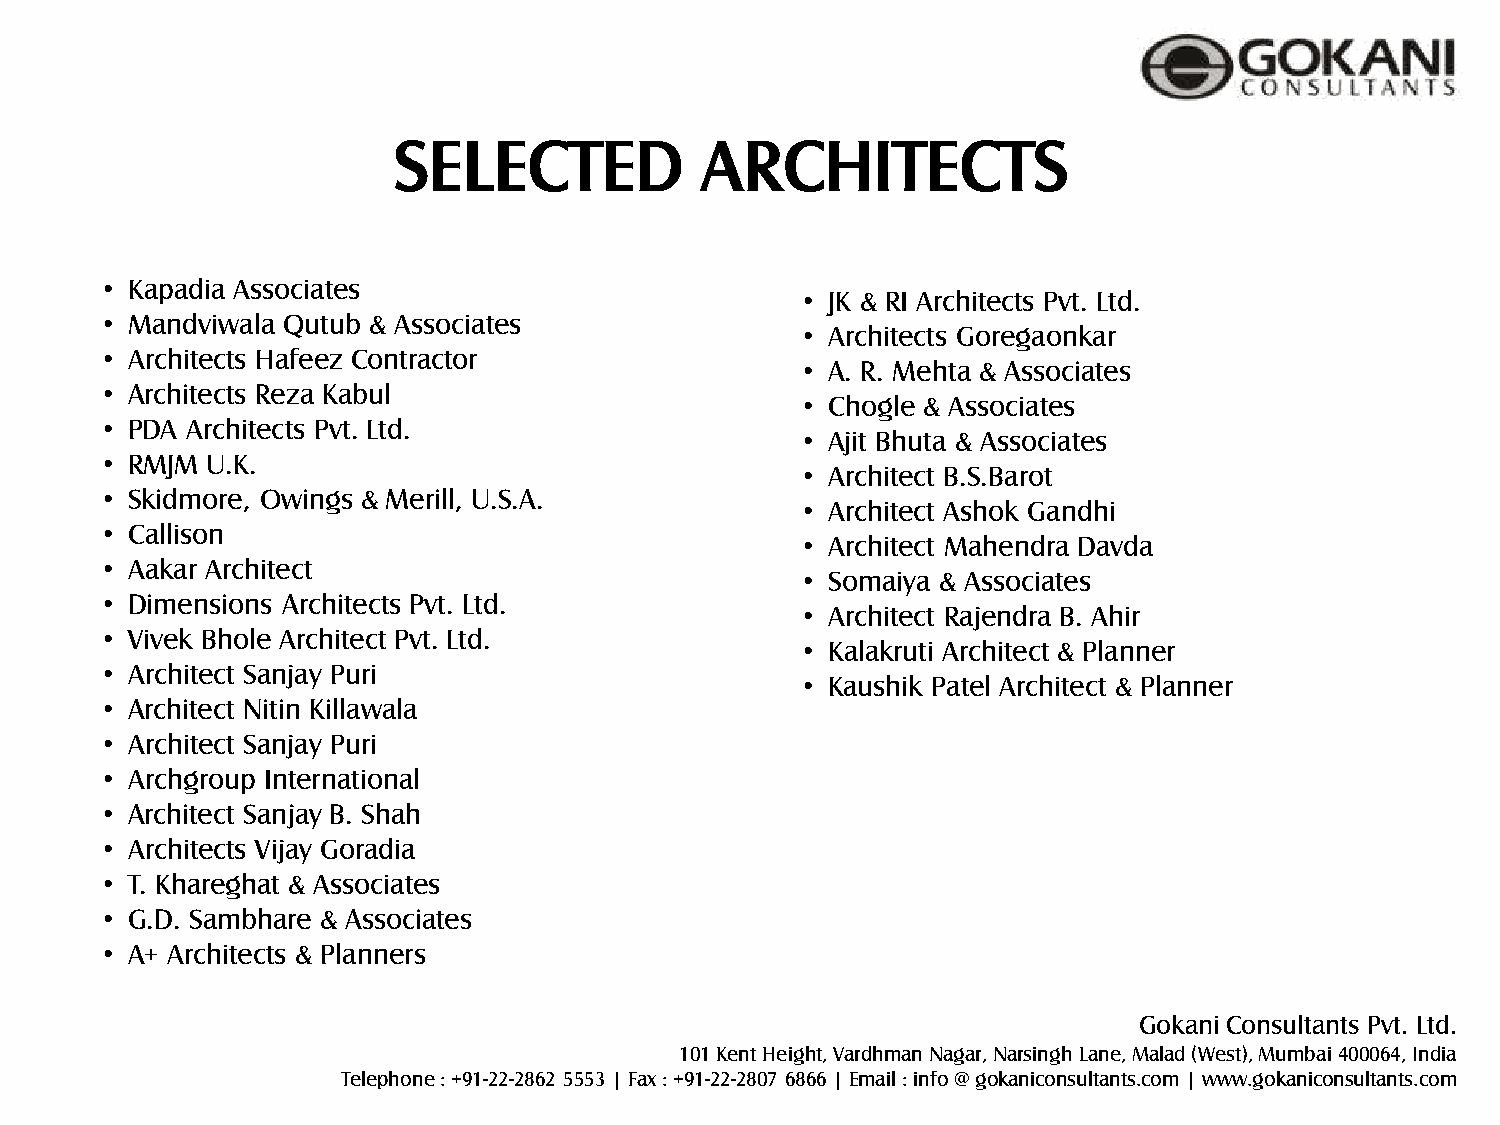
SELECTED            ARCHITECTS
 • Kapadia Associates
 • JK & RI Architects Pvt. Ltd.
 • Mandviwala Qutub & Associates
 • Architects Goregaonkar
 • Architects Hafeez Contractor
 • A. R. Mehta & Associates
 • Architects Reza Kabul
 • Chogle & Associates
 • PDA Architects Pvt. Ltd.
 • Ajit Bhuta & Associates
 • RMJM U.K.
 • Architect B.S.Barot
 • Skidmore, Owings & Merill, U.S.A.
 • Architect Ashok Gandhi
 • Callison
 • Architect Mahendra Davda
 • Aakar Architect
 • Somaiya & Associates
 • Dimensions Architects Pvt. Ltd.
 • Architect Rajendra B. Ahir
 • Vivek Bhole Architect Pvt. Ltd.
 • Kalakruti Architect & Planner
 • Architect Sanjay Puri
 • Kaushik Patel Architect & Planner
 • Architect Nitin Killawala
 • Architect Sanjay Puri
 • Archgroup International
 • Architect Sanjay B. Shah
 • Architects Vijay Goradia
 • T. Khareghat & Associates
 • G.D. Sambhare & Associates
 • A+ Architects & Planners
 Gokani Consultants Pvt. Ltd.
 101 Kent Height, Vardhman Nagar, Narsingh Lane, Malad (West), Mumbai 400064, India
 Telephone : +91-22-2862 5553 | Fax : +91-22-2807 6866 | Email : info @ gokaniconsultants.com | www.gokaniconsultants.com